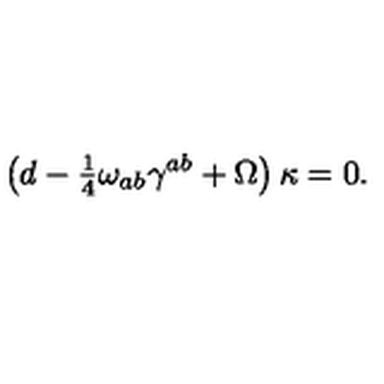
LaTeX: \left( d - { \textstyle \frac { 1 } { 4 } } \omega _ { a b } \gamma ^ { a b } + \Omega \right) \kappa = 0 .